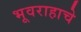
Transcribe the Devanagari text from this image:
भूवराहाचे